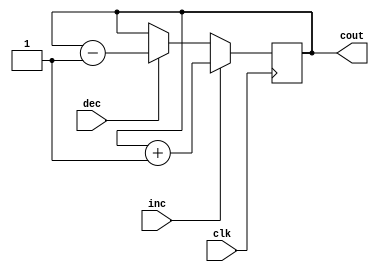
`timescale 1ns / 1ps
//////////////////////////////////////////////////////////////////////////////////
// Company: 
// Engineer: 
// 
// Design Name: 
// Module Name:    Counter 
// Project Name: 
// Target Devices: 
// Tool versions: 
// Description: 
//
// Dependencies: 
//
// Revision: 
// Revision 0.01 - File Created
// Additional Comments: 
//
//////////////////////////////////////////////////////////////////////////////////
module Counter(inc,dec,clk,cout);

	input wire inc,dec,clk;
	output reg [31:0] cout=32'b0;
	
	always@(posedge clk)
	begin
		if(inc)
			cout <= cout+1;
		else if(dec)
			cout <= cout-1;
		else
			cout <= cout;
	end

endmodule